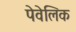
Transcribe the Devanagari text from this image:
पेवेलिक